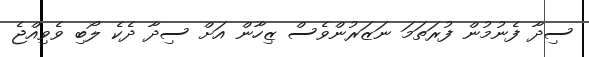
ސިދާ ފެނުމުން ފުރަތަމަ ނަޒަރުންވެސް ޒިހާން އަށް ސިދާ ދެކެ ލޯބި ވެވިއްޖެ